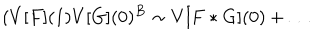
( V [ F ] ( 1 ) V [ G ] ( 0 ) ^ { B } \sim V [ F * G ] ( 0 ) + \dots